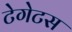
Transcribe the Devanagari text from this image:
टेगेटस